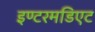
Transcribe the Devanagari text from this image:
इण्टरमडिएट